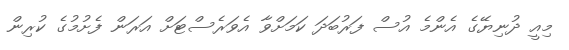
މިއީ ދުނިޔޭގެ އެންމެ އުސް ފަރުބަދަ ކަމަށްވާ އެވަރެސްޓަށް އަރަން ފެށުމުގެ ކުރިން